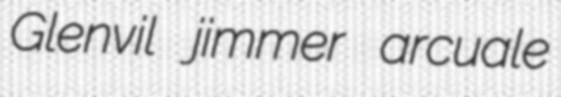
Glenvil jimmer arcuale